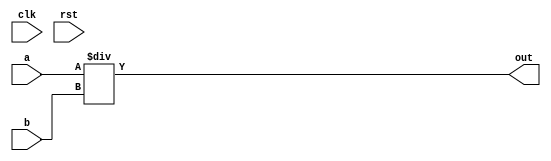

module div(clk,rst,out,a,b);
output [15:0]  out;
input  [15:0]  a,b;
input          clk,rst; 
wire   [15:0]  out=a/b;

endmodule